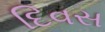
દિવસ